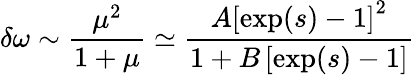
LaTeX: \delta\omega\sim\frac{\mu^{2}}{1+\mu}\simeq\frac{A\left[\exp(s)-1\right]^{2}}{1+B\left[\exp({s})-1\right]}